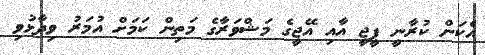
އެކަން ކުރާނީ ޕީޖީ އާއި އޭޖީގެ މަޝްވަރާގެ މަތިން ކަމަށް އުމަރު ވިދާޅުވި